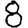
Digit: 8